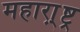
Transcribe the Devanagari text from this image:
महारा़्ष्ट्र